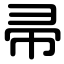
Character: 帚